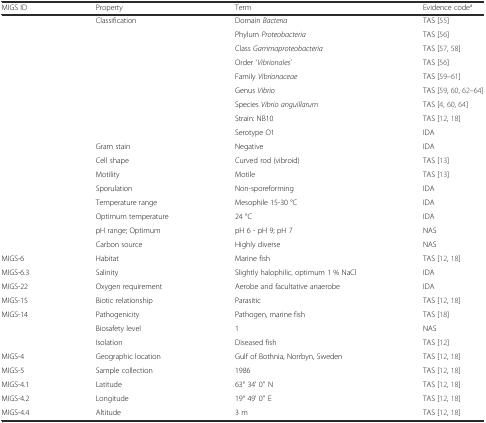
<table><thead><tr><td><b>MIGS ID</b></td><td><b>Property</b></td><td><b>Term</b></td><td><b>Evidence code<sup>a</sup></b></td></tr></thead><tbody><tr><td></td><td>Classification</td><td>Domain <i>Bacteria</i></td><td>TAS [55]</td></tr><tr><td></td><td></td><td>Phylum <i>Proteobacteria</i></td><td>TAS [56]</td></tr><tr><td></td><td></td><td>Class <i>Gammaproteobacteria</i></td><td>TAS [57, 58]</td></tr><tr><td></td><td></td><td>Order ‘<i>Vibrionales’</i></td><td>TAS [56]</td></tr><tr><td></td><td></td><td>Family <i>Vibrionaceae</i></td><td>TAS [59–61]</td></tr><tr><td></td><td></td><td>Genus <i>Vibrio</i></td><td>TAS [59, 60, 62–64]</td></tr><tr><td></td><td></td><td>Species <i>Vibrio anguillarum</i></td><td>TAS [4, 60, 64]</td></tr><tr><td></td><td></td><td>Strain: NB10</td><td>TAS [12, 18]</td></tr><tr><td></td><td></td><td>Serotype O1</td><td>IDA</td></tr><tr><td></td><td>Gram stain</td><td>Negative</td><td>IDA</td></tr><tr><td></td><td>Cell shape</td><td>Curved rod (vibroid)</td><td>TAS [13]</td></tr><tr><td></td><td>Motility</td><td>Motile</td><td>TAS [13]</td></tr><tr><td></td><td>Sporulation</td><td>Non-sporeforming</td><td>IDA</td></tr><tr><td></td><td>Temperature range</td><td>Mesophile 15-30 °C</td><td>IDA</td></tr><tr><td></td><td>Optimum temperature</td><td>24 °C</td><td>IDA</td></tr><tr><td></td><td>pH range; Optimum</td><td>pH 6 - pH 9; pH 7</td><td>NAS</td></tr><tr><td></td><td>Carbon source</td><td>Highly diverse</td><td>NAS</td></tr><tr><td>MIGS-6</td><td>Habitat</td><td>Marine fish</td><td>TAS [12, 18]</td></tr><tr><td>MIGS-6.3</td><td>Salinity</td><td>Slightly halophilic, optimum 1 % NaCl</td><td>IDA</td></tr><tr><td>MIGS-22</td><td>Oxygen requirement</td><td>Aerobe and facultative anaerobe</td><td>IDA</td></tr><tr><td>MIGS-15</td><td>Biotic relationship</td><td>Parasitic</td><td>TAS [12, 18]</td></tr><tr><td>MIGS-14</td><td>Pathogenicity</td><td>Pathogen, marine fish</td><td>TAS [18]</td></tr><tr><td></td><td>Biosafety level</td><td>1</td><td>NAS</td></tr><tr><td></td><td>Isolation</td><td>Diseased fish</td><td>TAS [12]</td></tr><tr><td>MIGS-4</td><td>Geographic location</td><td>Gulf of Bothnia, Norrbyn, Sweden</td><td>TAS [12, 18]</td></tr><tr><td>MIGS-5</td><td>Sample collection</td><td>1986</td><td>TAS [12, 18]</td></tr><tr><td>MIGS-4.1</td><td>Latitude</td><td>63° 34&#x27; 0&#x27;&#x27; N</td><td>TAS [12, 18]</td></tr><tr><td>MIGS-4.2</td><td>Longitude</td><td>19° 49&#x27; 0&#x27;&#x27; E</td><td>TAS [12, 18]</td></tr><tr><td>MIGS-4.4</td><td>Altitude</td><td>3 m</td><td>TAS [12, 18]</td></tr></tbody></table>